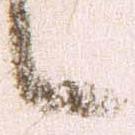
申